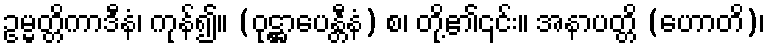
ဥမ္မတ္တိကာဒီနံ၊ ကုန်၍။ (ဝုဋ္ဌာပေန္တီနံ) စ၊ တို့၏၎င်း။ အနာပတ္တိ (ဟောတိ)၊